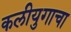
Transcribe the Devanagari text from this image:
कलीयुगाचा